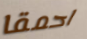
احمقا